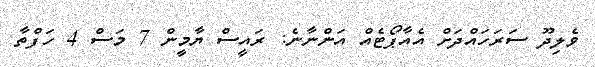
ވެލިދޫ ސަރަހައްދަށް އެއާޕޯޓެއް އަންނާނެ: ރައީސް ޔާމީން 7 މަސް 4 ހަފްތާ